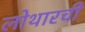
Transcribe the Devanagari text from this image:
लोथारची